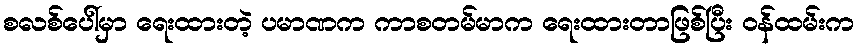
စလစ်ပေါ်မှာ ရေးထားတဲ့ ပမာဏက ကာစတမ်မာက ရေးထားတာဖြစ်ပြီး ဝန်ထမ်းက